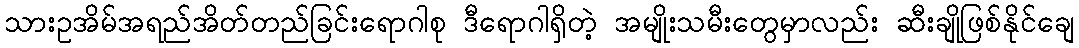
သားဥအိမ်အရည်အိတ်တည်ခြင်းရောဂါစု ဒီရောဂါရှိတဲ့ အမျိုးသမီးတွေမှာလည်း ဆီးချိုဖြစ်နိုင်ချေ